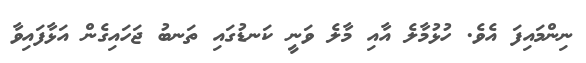
ނިންމައިފަ އެވެ. ހުޅުމާލެ އާއި މާލެ ވަނީ ކަނޑުގައި ތަނބު ޖަހައިގެން އަޅާފައިވާ